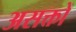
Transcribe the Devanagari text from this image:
असक्तों